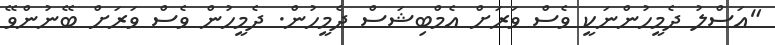
"އަސްލު ދެމީހުންނަކީ ވެސް ވަރަށް އެމްބިޝަސް ދެމީހުން. ދެމީހުން ވެސް ވަރަށް ބޭނުންވޭ